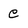
Character: e